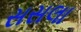
સસલા